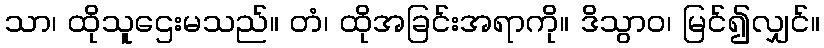
သာ၊ ထိုသူဌေးမသည်။ တံ၊ ထိုအခြင်းအရာကို။ ဒိသွာဝ၊ မြင်၍လျှင်။